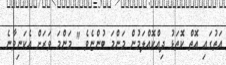
އަތުގައި އޮތް ކޮތަޅު ދިއްކޮއްލަމުން މަންމަ ބުންޏެވެ " މަންމަ ވަރަށް އެކަނިވާނެ